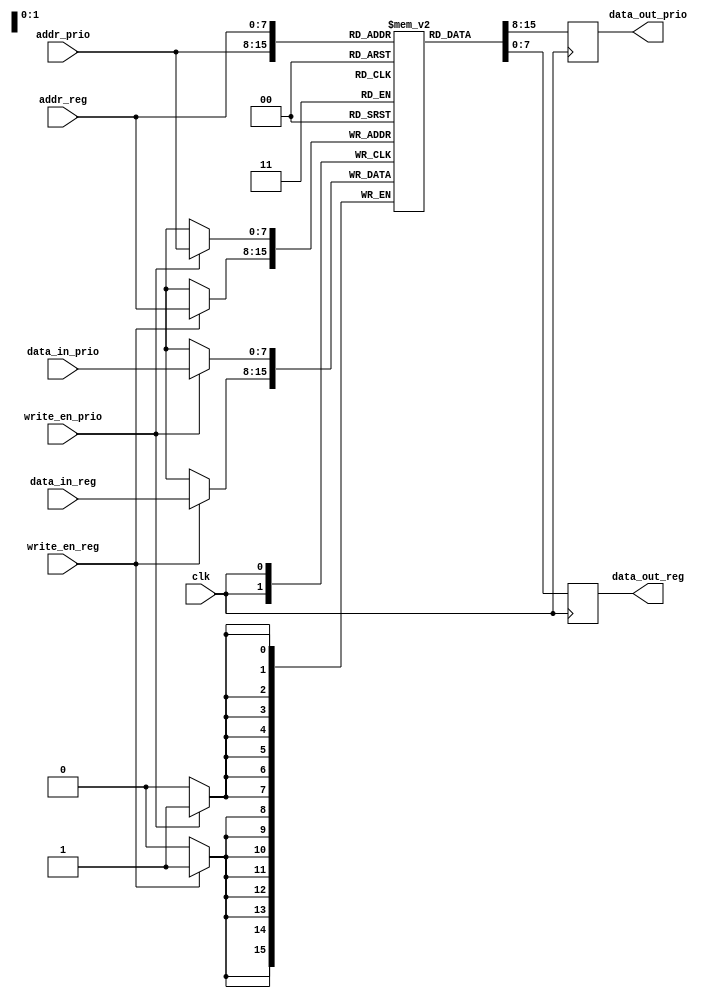
module dual_port_priority_RAM (
    input wire clk,
    input wire [7:0] addr_prio,
    input wire [7:0] addr_reg,
    input wire write_en_prio,
    input wire write_en_reg,
    input wire [7:0] data_in_prio,
    input wire [7:0] data_in_reg,
    output reg [7:0] data_out_prio,
    output reg [7:0] data_out_reg
);

reg [7:0] mem [0:255];

always @(posedge clk) begin
    if (write_en_prio) begin
        mem[addr_prio] <= data_in_prio;
    end

    if (write_en_reg) begin
        mem[addr_reg] <= data_in_reg;
    end

    data_out_prio <= mem[addr_prio];
    data_out_reg <= mem[addr_reg];
end

endmodule